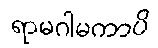
ရာမဂါမကာပိ